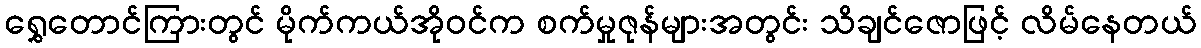
ရွှေတောင်ကြားတွင် မိုက်ကယ်အိုဝင်က စက်မှုဇုန်များအတွင်း သိချင်ဇောဖြင့် လိမ်နေတယ်